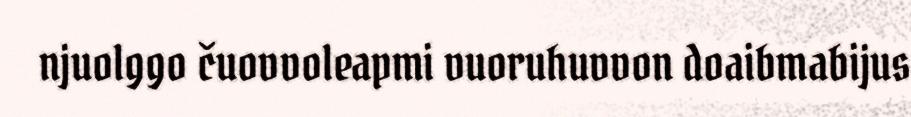
njuolggo čuovvoleapmi vuoruhuvvon doaibmabijus